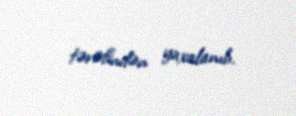
tərəfindən yaxalanıb.